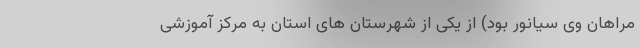
مراهان وی سیانور بود) از یکی از شهرستان های استان به مرکز آموزشی